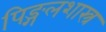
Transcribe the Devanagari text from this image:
पिङ्गलशास्त्र